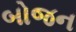
બોજન